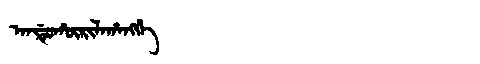
Manchu: ᠠᠨᡩᡠᡥᡡᡵᡳᠯᠠᡥᠠᠩᡤᡝ
Romanization: ANDUHŪRILAHANGGE